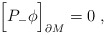
\begin{align*}\Bigr[P_{-}\phi \Bigr]_{\partial M} = 0 \; ,\end{align*}